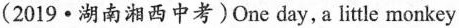
(2019·湖南湘西中考)One day,a little monkey